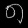
Digit: ၈